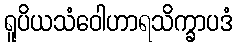
ရူပိယသံဝေါဟာရသိက္ခာပဒံ